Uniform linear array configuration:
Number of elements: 48
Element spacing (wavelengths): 0.75
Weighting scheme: cosine
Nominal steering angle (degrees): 30
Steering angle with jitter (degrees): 28.792
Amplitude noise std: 0.05
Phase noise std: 0.05

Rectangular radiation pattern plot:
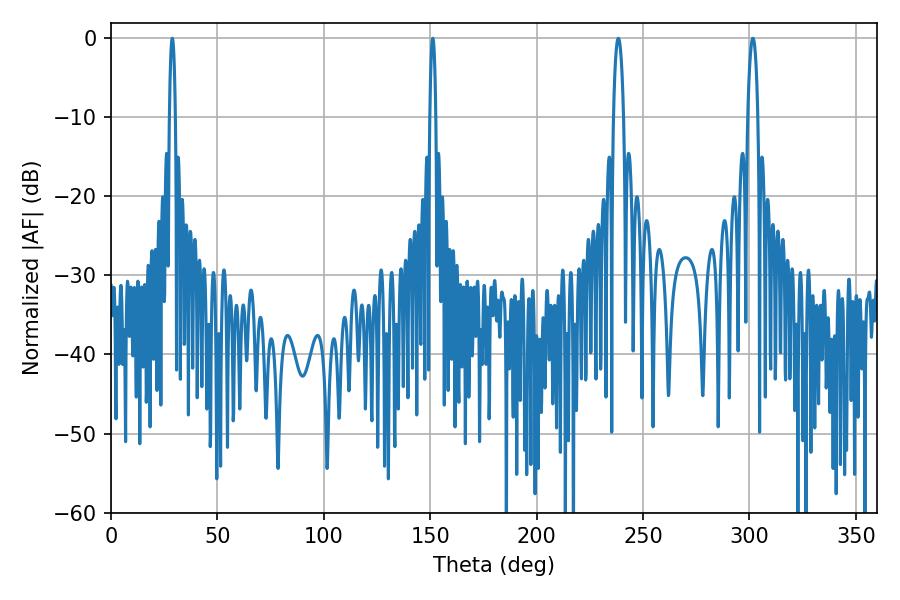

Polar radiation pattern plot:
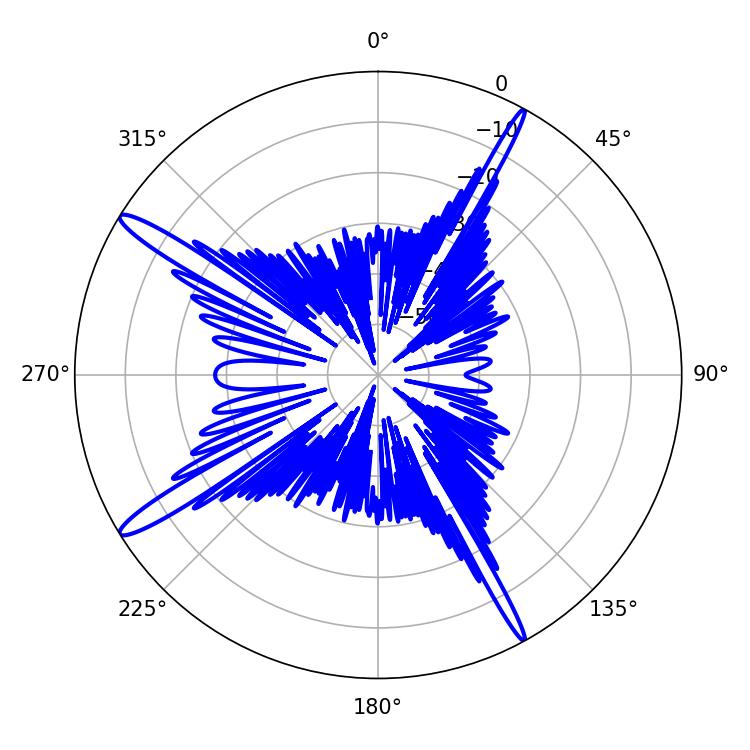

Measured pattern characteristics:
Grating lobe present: TRUE
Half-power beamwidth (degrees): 1.44
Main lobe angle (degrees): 151.2